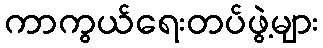
ကာကွယ်ရေးတပ်ဖွဲ့များ